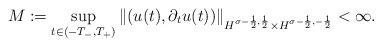
LaTeX: \begin{align*} M := \sup_{t \in (-T_-,T_+)} \|(u(t),\partial_t u(t))\|_{H^{\sigma-\frac{1}{2}, \frac{1}{2}}\times H^{\sigma-\frac{1}{2},-\frac{1}{2}}} < \infty. \end{align*}